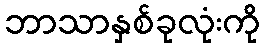
ဘာသာနှစ်ခုလုံးကို